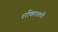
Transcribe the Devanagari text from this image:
शक्तिशली